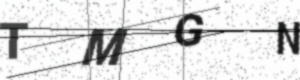
Text: TMGN